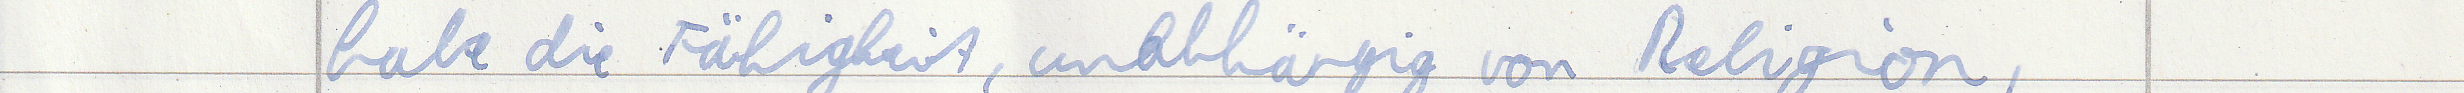
habe die Fähigkeit, unabhängig von Religion,